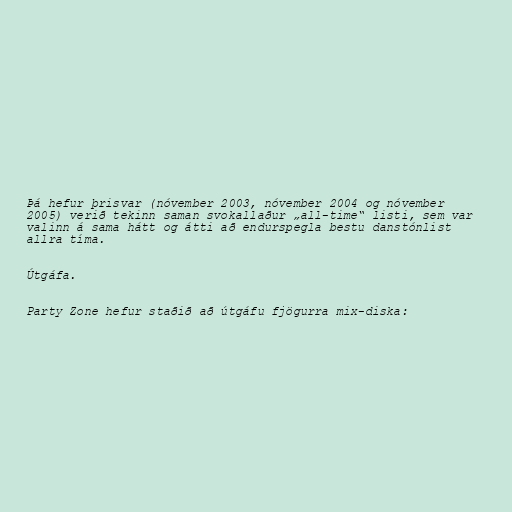
Þá hefur þrisvar (nóvember 2003, nóvember 2004 og nóvember
2005) verið tekinn saman svokallaður „all-time“ listi, sem var
valinn á sama hátt og átti að endurspegla bestu danstónlist
allra tíma.

Útgáfa.

Party Zone hefur staðið að útgáfu fjögurra mix-diska: